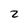
Character: 2